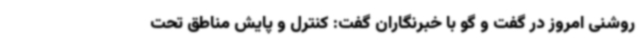
روشنی امروز در گفت و گو با خبرنگاران گفت: کنترل و پایش مناطق تحت